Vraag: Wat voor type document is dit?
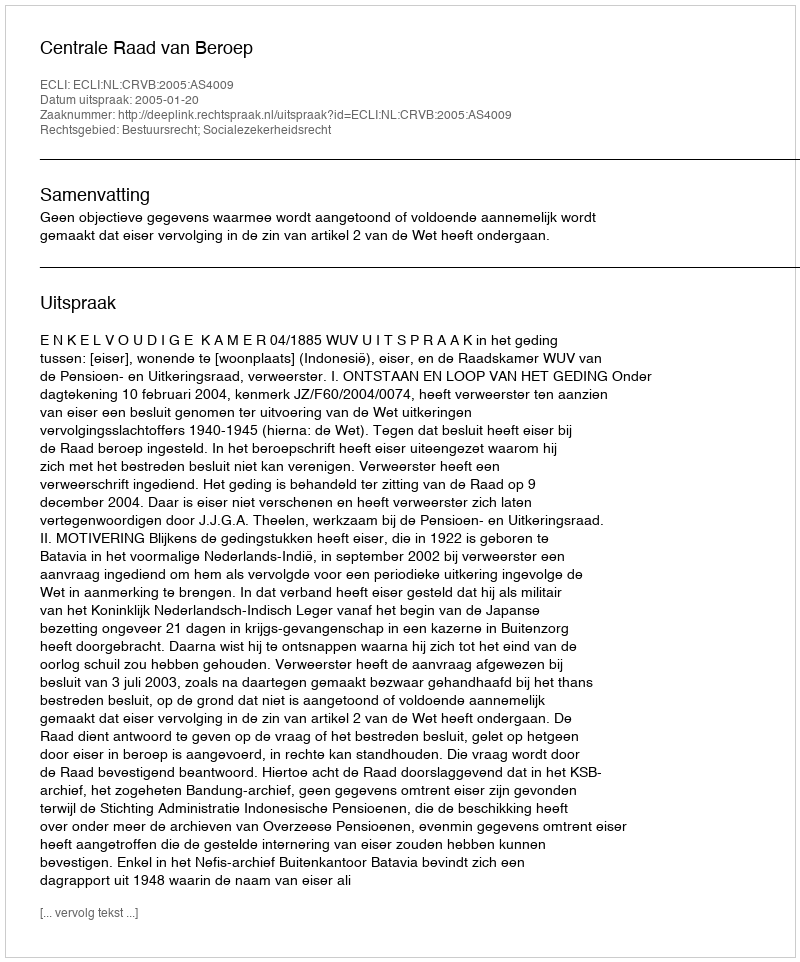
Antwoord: Uitspraak